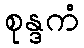
စုန္ဒကံ